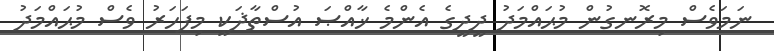
ނަމަވެސް މިރޮނގުން މުޙައްމަދު ދީދީގެ އެންމެ ޚާއްޞަ އުސްތާޛަކީ މިފަހަރު ވެސް މުޙައްމަދު